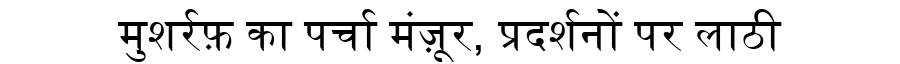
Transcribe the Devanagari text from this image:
मुशर्रफ़ का पर्चा मंज़ूर, प्रदर्शनों पर लाठी